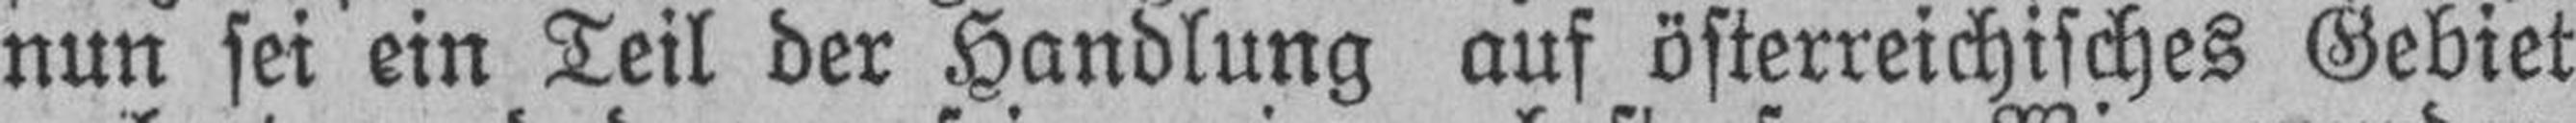
nun sei ein Teil der Handlung auf österreichisches Gebiet